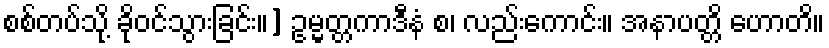
စစ်တပ်သို့ ခိုဝင်သွားခြင်း။] ဥမ္မတ္တကာဒီနံ စ၊ လည်းကောင်း။ အနာပတ္တိ ဟောတိ။